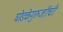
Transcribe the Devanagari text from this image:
घोडकेगुरुजींची